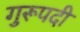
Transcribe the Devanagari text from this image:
गुरूपदी